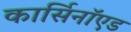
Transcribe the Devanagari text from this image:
कार्सिनॉएड